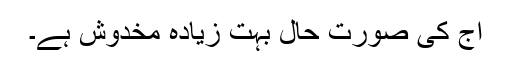
آج کی صورت حال بہت زیادہ مخدوش ہے۔